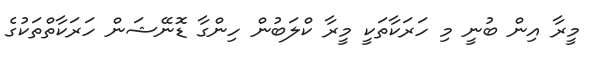
މީރާ އިން ބުނީ މި ހަރަކާތަކީ މީރާ ކްލަބުން ހިންގާ ޑޮނޭޝަން ހަރަކާތްތަކުގެ